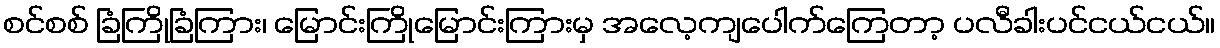
စင်စစ် ခြံကြိုခြံကြား၊ မြောင်းကြိုမြောင်းကြားမှ အလေ့ကျပေါက်ကြေတာ့ ပလီခါးပင်ငယ်ငယ်။